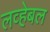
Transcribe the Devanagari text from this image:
लव्हेबल